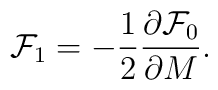
{\cal F}_1 = -\frac{1}{2} \frac{\partial {\cal F}_{0}}{\partial M}.